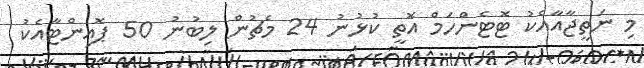
މި ނަތީޖާއާއެކު ޓޮޓެންހަމް އޮތީ ކުޅުނު 24 މެޗުން ލިބުނު 50 ޕޮއިންޓާއެކު